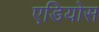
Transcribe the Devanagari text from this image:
एडियोस